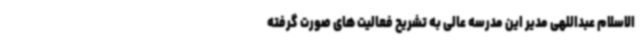
الاسلام عبداللهی مدیر این مدرسه عالی به تشریح فعالیت های صورت گرفته